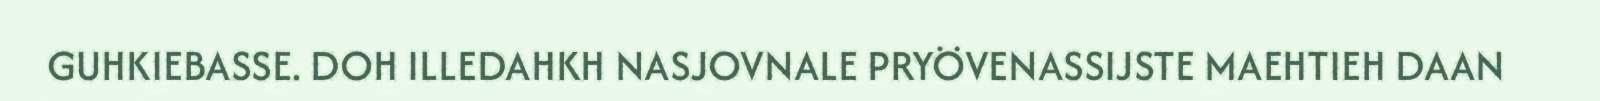
GUHKIEBASSE. DOH ILLEDAHKH NASJOVNALE PRYÖVENASSIJSTE MAEHTIEH DAAN